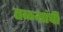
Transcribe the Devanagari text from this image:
तळ्यांची